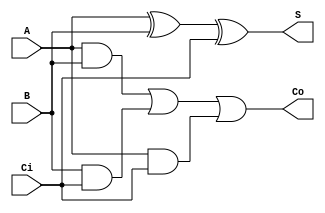
`timescale 1ns / 1ps
//////////////////////////////////////////////////////////////////////////////////
// Company: 
// Engineer: 
// 
// Design Name: 
// Module Name:    Adder1b 
// Project Name: 
// Target Devices: 
// Tool versions: 
// Description: 
//
// Dependencies: 
//
// Revision: 
// Revision 0.01 - File Created
// Additional Comments: 
//
//////////////////////////////////////////////////////////////////////////////////
module Adder1b(
	input A, 
	input B,
	input Ci,
	output S,
	output Co
    );
	
	assign S = A ^ B ^ Ci;
	assign Co = (A & B) | (B & Ci) | (A & Ci);
endmodule